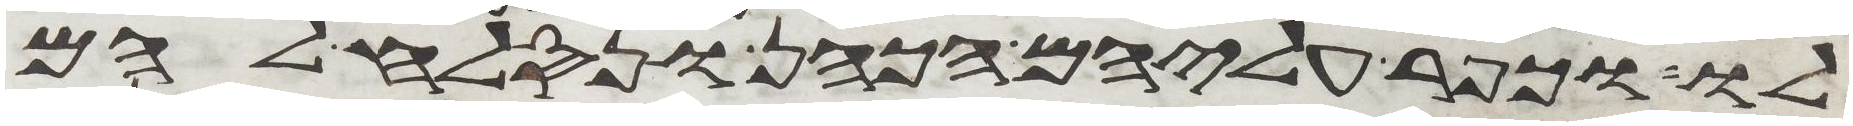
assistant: לו וכפר עליהם הכהן ונסלח להם